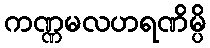
ကဏ္ဏမလဟရဏိမ္ပိ